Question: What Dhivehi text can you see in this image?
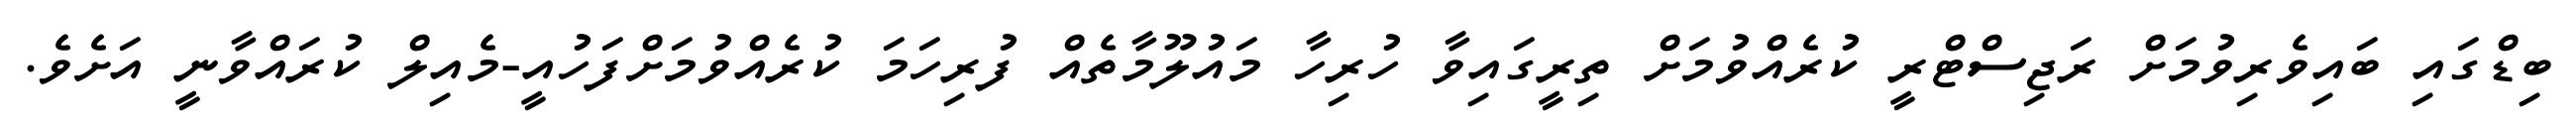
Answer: ބިޑްގައި ބައިވެރިވުމަށް ރަޖިސްޓްރީ ކުރެއްވުމަށް ތިރީގައިވާ ހުރިހާ މައުލޫމާތެއް ފުރިހަމަ ކުރެއްވުމަށްފަހުއީ-މެއިލް ކުރައްވާނީ އަށެވެ.